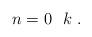
LaTeX: \begin{align*}n = 0 ~~ k \ .\end{align*}